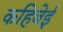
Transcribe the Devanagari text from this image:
कहिबेई